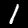
Digit: 1